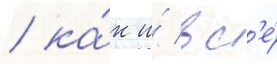
/ ка́к и́ вс'е́